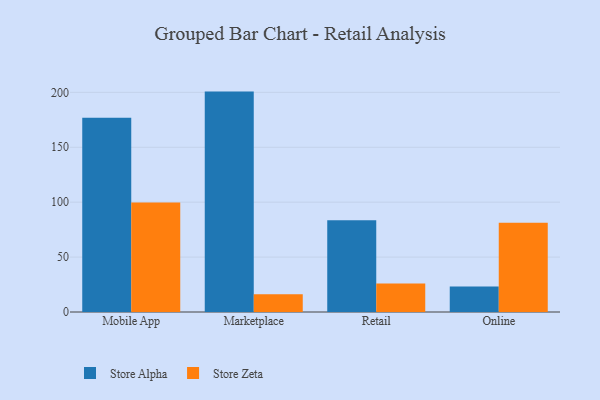
{"axis": {"x": "Channel", "y": "Temperature (°C)"}, "legend": ["Store Alpha", "Store Zeta"], "data": [{"x": "Mobile App", "y": 177.0, "type": "Store Alpha"}, {"x": "Mobile App", "y": 99.6, "type": "Store Zeta"}, {"x": "Marketplace", "y": 200.7, "type": "Store Alpha"}, {"x": "Marketplace", "y": 16.2, "type": "Store Zeta"}, {"x": "Retail", "y": 83.5, "type": "Store Alpha"}, {"x": "Retail", "y": 26.0, "type": "Store Zeta"}, {"x": "Online", "y": 23.3, "type": "Store Alpha"}, {"x": "Online", "y": 81.2, "type": "Store Zeta"}]}